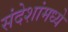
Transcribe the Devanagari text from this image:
संदेशांमध्ये